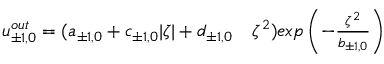
\begin{array} { r l } { u _ { \pm 1 , 0 } ^ { o u t } = ( a _ { \pm 1 , 0 } + c _ { \pm 1 , 0 } | \zeta | + d _ { \pm 1 , 0 } } & { { } \zeta ^ { 2 } ) e x p \left( - \frac { \zeta ^ { 2 } } { b _ { \pm 1 , 0 } } \right) } \end{array}